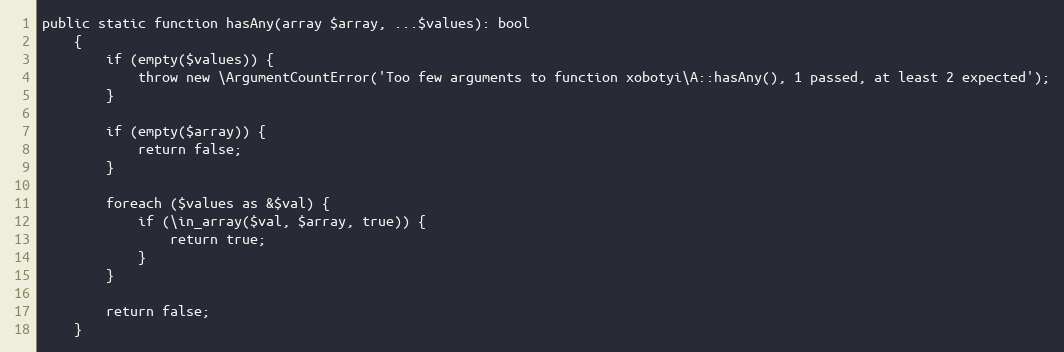
Language: PHP
public static function hasAny(array $array, ...$values): bool
    {
        if (empty($values)) {
            throw new \ArgumentCountError('Too few arguments to function xobotyi\A::hasAny(), 1 passed, at least 2 expected');
        }

        if (empty($array)) {
            return false;
        }

        foreach ($values as &$val) {
            if (\in_array($val, $array, true)) {
                return true;
            }
        }

        return false;
    }